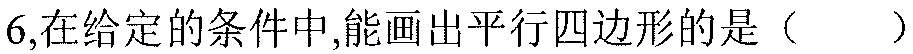
6,在给定的条件中,能画出平行四边形的是（  ）